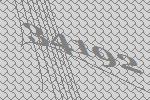
34192